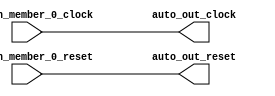
module ClockGroup( // @[:freechips.rocketchip.system.DefaultRV32Config.fir@83.2]
  input   auto_in_member_0_clock, // @[:freechips.rocketchip.system.DefaultRV32Config.fir@84.4]
  input   auto_in_member_0_reset, // @[:freechips.rocketchip.system.DefaultRV32Config.fir@84.4]
  output  auto_out_clock, // @[:freechips.rocketchip.system.DefaultRV32Config.fir@84.4]
  output  auto_out_reset // @[:freechips.rocketchip.system.DefaultRV32Config.fir@84.4]
);
  assign auto_out_clock = auto_in_member_0_clock; // @[LazyModule.scala 305:12:freechips.rocketchip.system.DefaultRV32Config.fir@98.4]
  assign auto_out_reset = auto_in_member_0_reset; // @[LazyModule.scala 305:12:freechips.rocketchip.system.DefaultRV32Config.fir@98.4]
endmodule